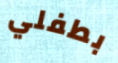
بطفلي